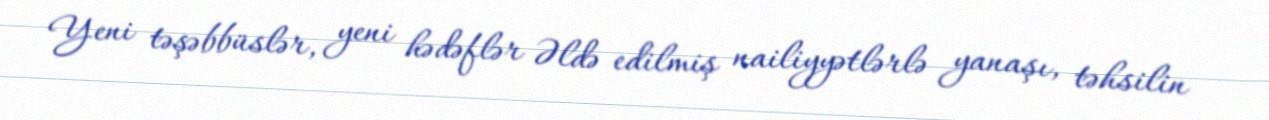
Yeni təşəbbüslər, yeni hədəflər Əldə edilmiş nailiyyətlərlə yanaşı, təhsilin